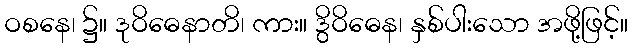
ဝစနေ၊ ၌။ ဒုဝိဓေနာတိ၊ ကား။ ဒွိဝိဓေန၊ နှစ်ပါးသော အဖို့ဖြင့်။